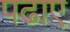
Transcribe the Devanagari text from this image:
पढाए